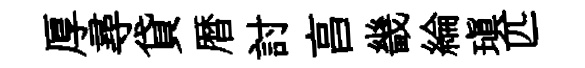
厚尋貸暦討亯畿綸瑱匹